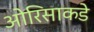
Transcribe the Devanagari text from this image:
ओरिसाकडे